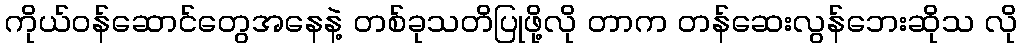
ကိုယ်ဝန်ဆောင်တွေအနေနဲ့ တစ်ခုသတိပြုဖို့လို တာက တန်ဆေးလွန်ဘေးဆိုသ လို